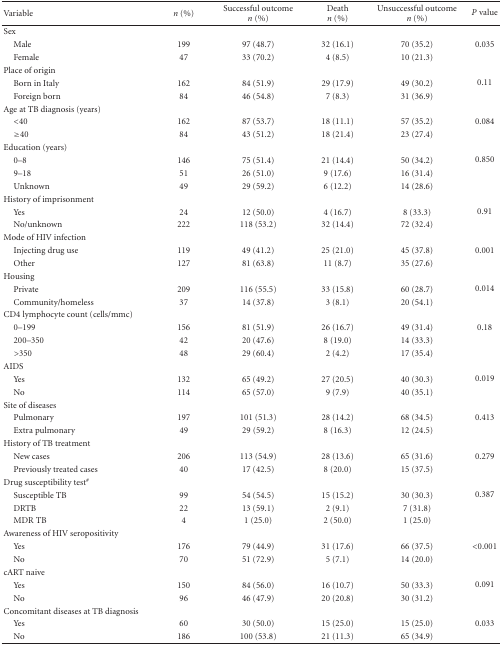
<table><thead><tr><td><b>Variable</b></td><td><b><i>n</i> (%)</b></td><td><b>Successful outcome <i>n</i> (%)</b></td><td><b>Death <i>n</i> (%)</b></td><td><b>Unsuccessful outcome <i>n</i> (%)</b></td><td><b><i>P</i> value</b></td></tr></thead><tbody><tr><td>Sex</td><td></td><td></td><td></td><td></td><td></td></tr><tr><td> Male</td><td>199</td><td>97 (48.7)</td><td>32 (16.1)</td><td>70 (35.2)</td><td>0.035</td></tr><tr><td> Female</td><td>47</td><td>33 (70.2)</td><td>4 (8.5)</td><td>10 (21.3)</td><td></td></tr><tr><td>Place of origin</td><td></td><td></td><td></td><td></td><td></td></tr><tr><td> Born in Italy</td><td>162</td><td>84 (51.9)</td><td>29 (17.9)</td><td>49 (30.2)</td><td>0.11</td></tr><tr><td> Foreign born</td><td>84</td><td>46 (54.8)</td><td>7 (8.3)</td><td>31 (36.9)</td><td></td></tr><tr><td>Age at TB diagnosis (years)</td><td></td><td></td><td></td><td></td><td></td></tr><tr><td> &lt;40</td><td>162</td><td>87 (53.7)</td><td>18 (11.1)</td><td>57 (35.2)</td><td>0.084</td></tr><tr><td> ≥40</td><td>84</td><td>43 (51.2)</td><td>18 (21.4)</td><td>23 (27.4)</td><td></td></tr><tr><td>Education (years)</td><td></td><td></td><td></td><td></td><td></td></tr><tr><td> 0–8</td><td>146</td><td>75 (51.4)</td><td>21 (14.4)</td><td>50 (34.2)</td><td>0.850</td></tr><tr><td> 9–18</td><td>51</td><td>26 (51.0)</td><td>9 (17.6)</td><td>16 (31.4)</td><td></td></tr><tr><td> Unknown</td><td>49</td><td>29 (59.2)</td><td>6 (12.2)</td><td>14 (28.6)</td><td></td></tr><tr><td>History of imprisonment</td><td></td><td></td><td></td><td></td><td></td></tr><tr><td> Yes</td><td>24</td><td>12 (50.0)</td><td>4 (16.7)</td><td>8 (33.3)</td><td>0.91</td></tr><tr><td> No/unknown</td><td>222</td><td>118 (53.2)</td><td>32 (14.4)</td><td>72 (32.4)</td><td></td></tr><tr><td>Mode of HIV infection</td><td></td><td></td><td></td><td></td><td></td></tr><tr><td> Injecting drug use</td><td>119</td><td>49 (41.2)</td><td>25 (21.0)</td><td>45 (37.8)</td><td>0.001</td></tr><tr><td> Other</td><td>127</td><td>81 (63.8)</td><td>11 (8.7)</td><td>35 (27.6)</td><td></td></tr><tr><td>Housing</td><td></td><td></td><td></td><td></td><td></td></tr><tr><td> Private</td><td>209</td><td>116 (55.5)</td><td>33 (15.8)</td><td>60 (28.7)</td><td>0.014</td></tr><tr><td> Community/homeless</td><td>37</td><td>14 (37.8)</td><td>3 (8.1)</td><td>20 (54.1)</td><td></td></tr><tr><td>CD4 lymphocyte count (cells/mmc)</td><td></td><td></td><td></td><td></td><td></td></tr><tr><td> 0–199</td><td>156</td><td>81 (51.9)</td><td>26 (16.7)</td><td>49 (31.4)</td><td>0.18</td></tr><tr><td> 200–350</td><td>42</td><td>20 (47.6)</td><td>8 (19.0)</td><td>14 (33.3)</td><td></td></tr><tr><td> &gt;350</td><td>48</td><td>29 (60.4)</td><td>2 (4.2)</td><td>17 (35.4)</td><td></td></tr><tr><td>AIDS</td><td></td><td></td><td></td><td></td><td></td></tr><tr><td> Yes</td><td>132</td><td>65 (49.2)</td><td>27 (20.5)</td><td>40 (30.3)</td><td>0.019</td></tr><tr><td> No</td><td>114</td><td>65 (57.0)</td><td>9 (7.9)</td><td>40 (35.1)</td><td></td></tr><tr><td>Site of diseases</td><td></td><td></td><td></td><td></td><td></td></tr><tr><td> Pulmonary</td><td>197</td><td>101 (51.3)</td><td>28 (14.2)</td><td>68 (34.5)</td><td>0.413</td></tr><tr><td> Extra pulmonary</td><td>49</td><td>29 (59.2)</td><td>8 (16.3)</td><td>12 (24.5)</td><td></td></tr><tr><td>History of TB treatment</td><td></td><td></td><td></td><td></td><td></td></tr><tr><td> New cases</td><td>206</td><td>113 (54.9)</td><td>28 (13.6)</td><td>65 (31.6)</td><td>0.279</td></tr><tr><td> Previously treated cases</td><td>40</td><td>17 (42.5)</td><td>8 (20.0)</td><td>15 (37.5)</td><td></td></tr><tr><td>Drug susceptibility test<sup>#</sup></td><td></td><td></td><td></td><td></td><td></td></tr><tr><td> Susceptible TB</td><td>99</td><td>54 (54.5)</td><td>15 (15.2)</td><td>30 (30.3)</td><td>0.387</td></tr><tr><td> DRTB</td><td>22</td><td>13 (59.1)</td><td>2 (9.1)</td><td>7 (31.8)</td><td></td></tr><tr><td> MDR TB</td><td>4</td><td>1 (25.0)</td><td>2 (50.0)</td><td>1 (25.0)</td><td></td></tr><tr><td>Awareness of HIV seropositivity</td><td></td><td></td><td></td><td></td><td></td></tr><tr><td> Yes</td><td>176</td><td>79 (44.9)</td><td>31 (17.6)</td><td>66 (37.5)</td><td>&lt;0.001</td></tr><tr><td> No</td><td>70</td><td>51 (72.9)</td><td>5 (7.1)</td><td>14 (20.0)</td><td></td></tr><tr><td>cART naive</td><td></td><td></td><td></td><td></td><td></td></tr><tr><td> Yes</td><td>150</td><td>84 (56.0)</td><td>16 (10.7)</td><td>50 (33.3)</td><td>0.091</td></tr><tr><td> No</td><td>96</td><td>46 (47.9)</td><td>20 (20.8)</td><td>30 (31.2)</td><td></td></tr><tr><td>Concomitant diseases at TB diagnosis</td><td></td><td></td><td></td><td></td><td></td></tr><tr><td> Yes</td><td>60</td><td>30 (50.0)</td><td>15 (25.0)</td><td>15 (25.0)</td><td>0.033</td></tr><tr><td> No</td><td>186</td><td>100 (53.8)</td><td>21 (11.3)</td><td>65 (34.9)</td><td></td></tr></tbody></table>